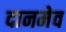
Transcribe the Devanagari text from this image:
दानमेव